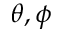
\theta , \phi